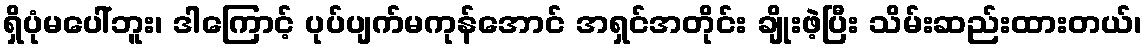
ရှိပုံမပေါ်ဘူး၊ ဒါကြောင့် ပုပ်ပျက်မကုန်အောင် အရှင်အတိုင်း ချိုးဖဲ့ပြီး သိမ်းဆည်းထားတယ်၊